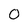
Character: 0